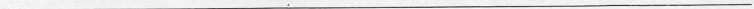
___